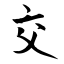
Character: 交